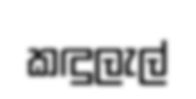
කඳුලැල්